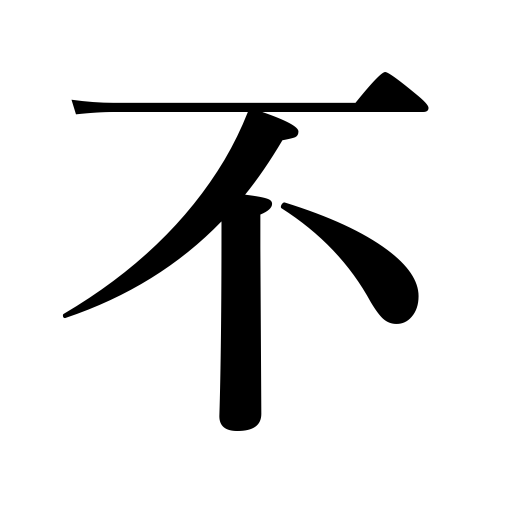
Meanings: bad,clumsy,ugly,negation